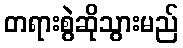
တရားစွဲဆိုသွားမည်